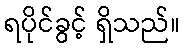
ရပိုင်ခွင့် ရှိသည်။